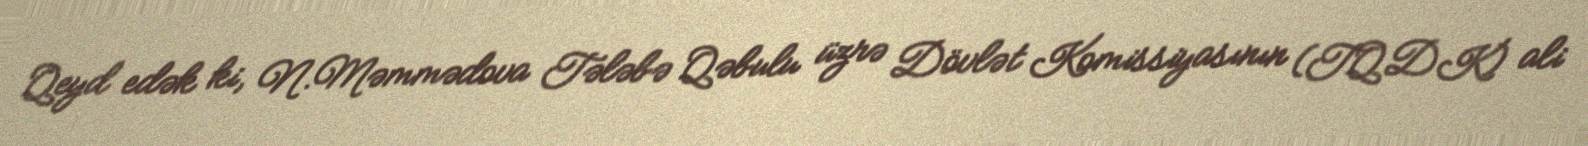
Qeyd edək ki, N.Məmmədova Tələbə Qəbulu üzrə Dövlət Komissiyasının (TQDK) ali